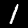
Label: 1